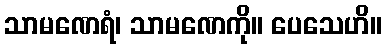
သာမဏေရံ၊ သာမဏေကို။ ပေသေဟိ။